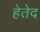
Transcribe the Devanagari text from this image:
हेतेद